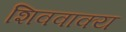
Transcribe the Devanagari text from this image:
शिववाक्य